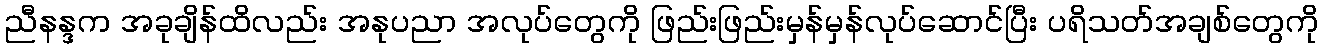
ညီနန္ဒက အခုချိန်ထိလည်း အနုပညာ အလုပ်တွေကို ဖြည်းဖြည်းမှန်မှန်လုပ်ဆောင်ပြီး ပရိသတ်အချစ်တွေကို